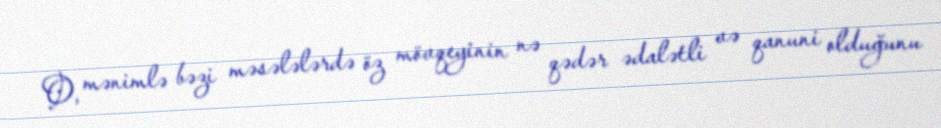
O, mənimlə bəzi məsələlərdə öz mövqeyinin nə qədər ədalətli və qanuni olduğunu